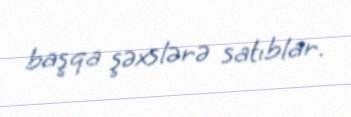
başqa şəxslərə satıblar.